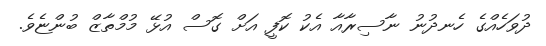
ދުވަހެއްގެ ހެނދުނު ނާސިރާއާ އެކު ކޮފީ އަށް ގޮސް އުޅޭ މުމްތާޒް ބުންޏެވެ.